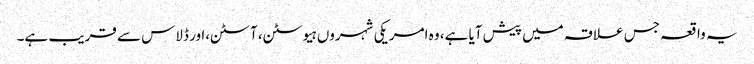
یہ واقعہ جس علاقہ میں پیش آیا ہے، وہ امریکی شہروں ہیوسٹن، آسٹن،ا ور ڈلاس سے قریب ہے۔